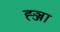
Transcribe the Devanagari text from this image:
ह्ञ्जा